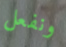
ونفعل